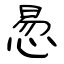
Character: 惖